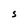
Character: S